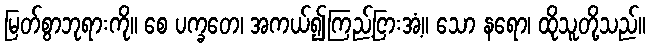
မြတ်စွာဘုရားကို။ စေ ပက္ခတေ၊ အကယ်၍ကြည့်ငြားအံ့။ သော နရော၊ ထိုသူတို့သည်။